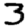
Digit: 3